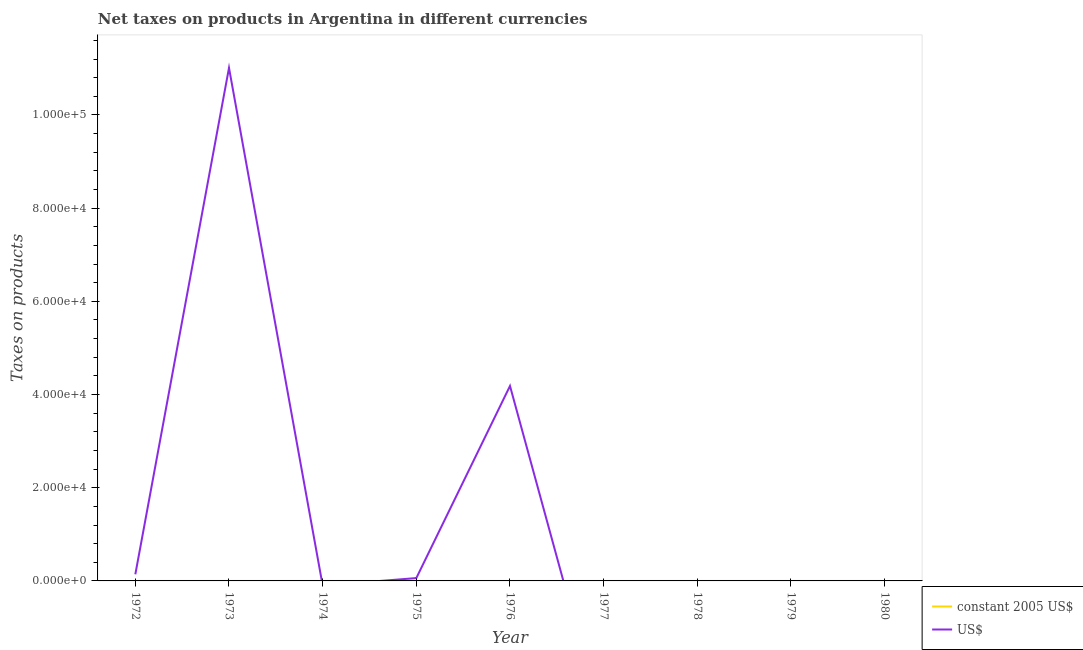
| Year | constant 2005 US$ | US$ |
 | --- | --- | --- |
 | 1972 | 1.14e-07 | 1.42e+03 |
 | 1973 | 9.91e-06 | 1.1e+05 |
 | 1974 | -8.94e-08 | -993 |
 | 1975 | 2.25e-07 | 609 |
 | 1976 | 8.37e-05 | 4.18e+04 |
 | 1977 | -0.000158 | -3.16e+04 |
 | 1978 | -0.000131 | -1.07e+04 |
 | 1979 | -0.000204 | -7.31e+03 |
 | 1980 | -2.29e-05 | -459 |